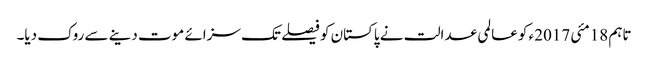
تاہم 18مئی 2017ء کو عالمی عدالت نے پاکستان کو فیصلے تک سزائے موت دینے سے روک دیا۔